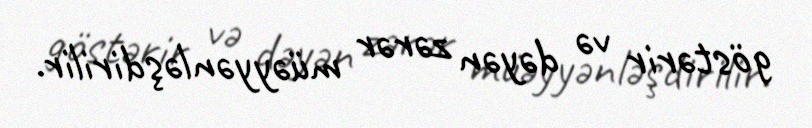
göstərir və dəyən zərər müəyyənləşdirilir.